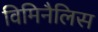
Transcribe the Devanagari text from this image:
विमिनैलिस